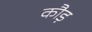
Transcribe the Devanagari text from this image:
कौड़